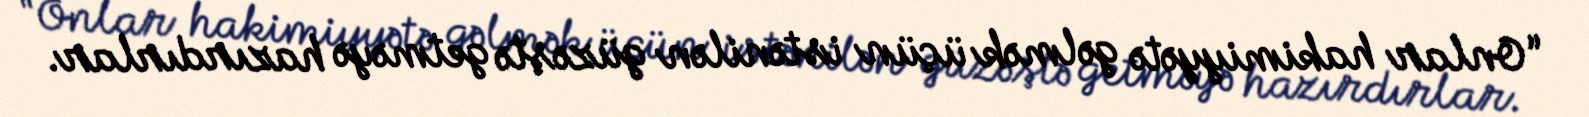
“Onlar hakimiyyətə gəlmək üçün istənilən güzəştə getməyə hazırdırlar.